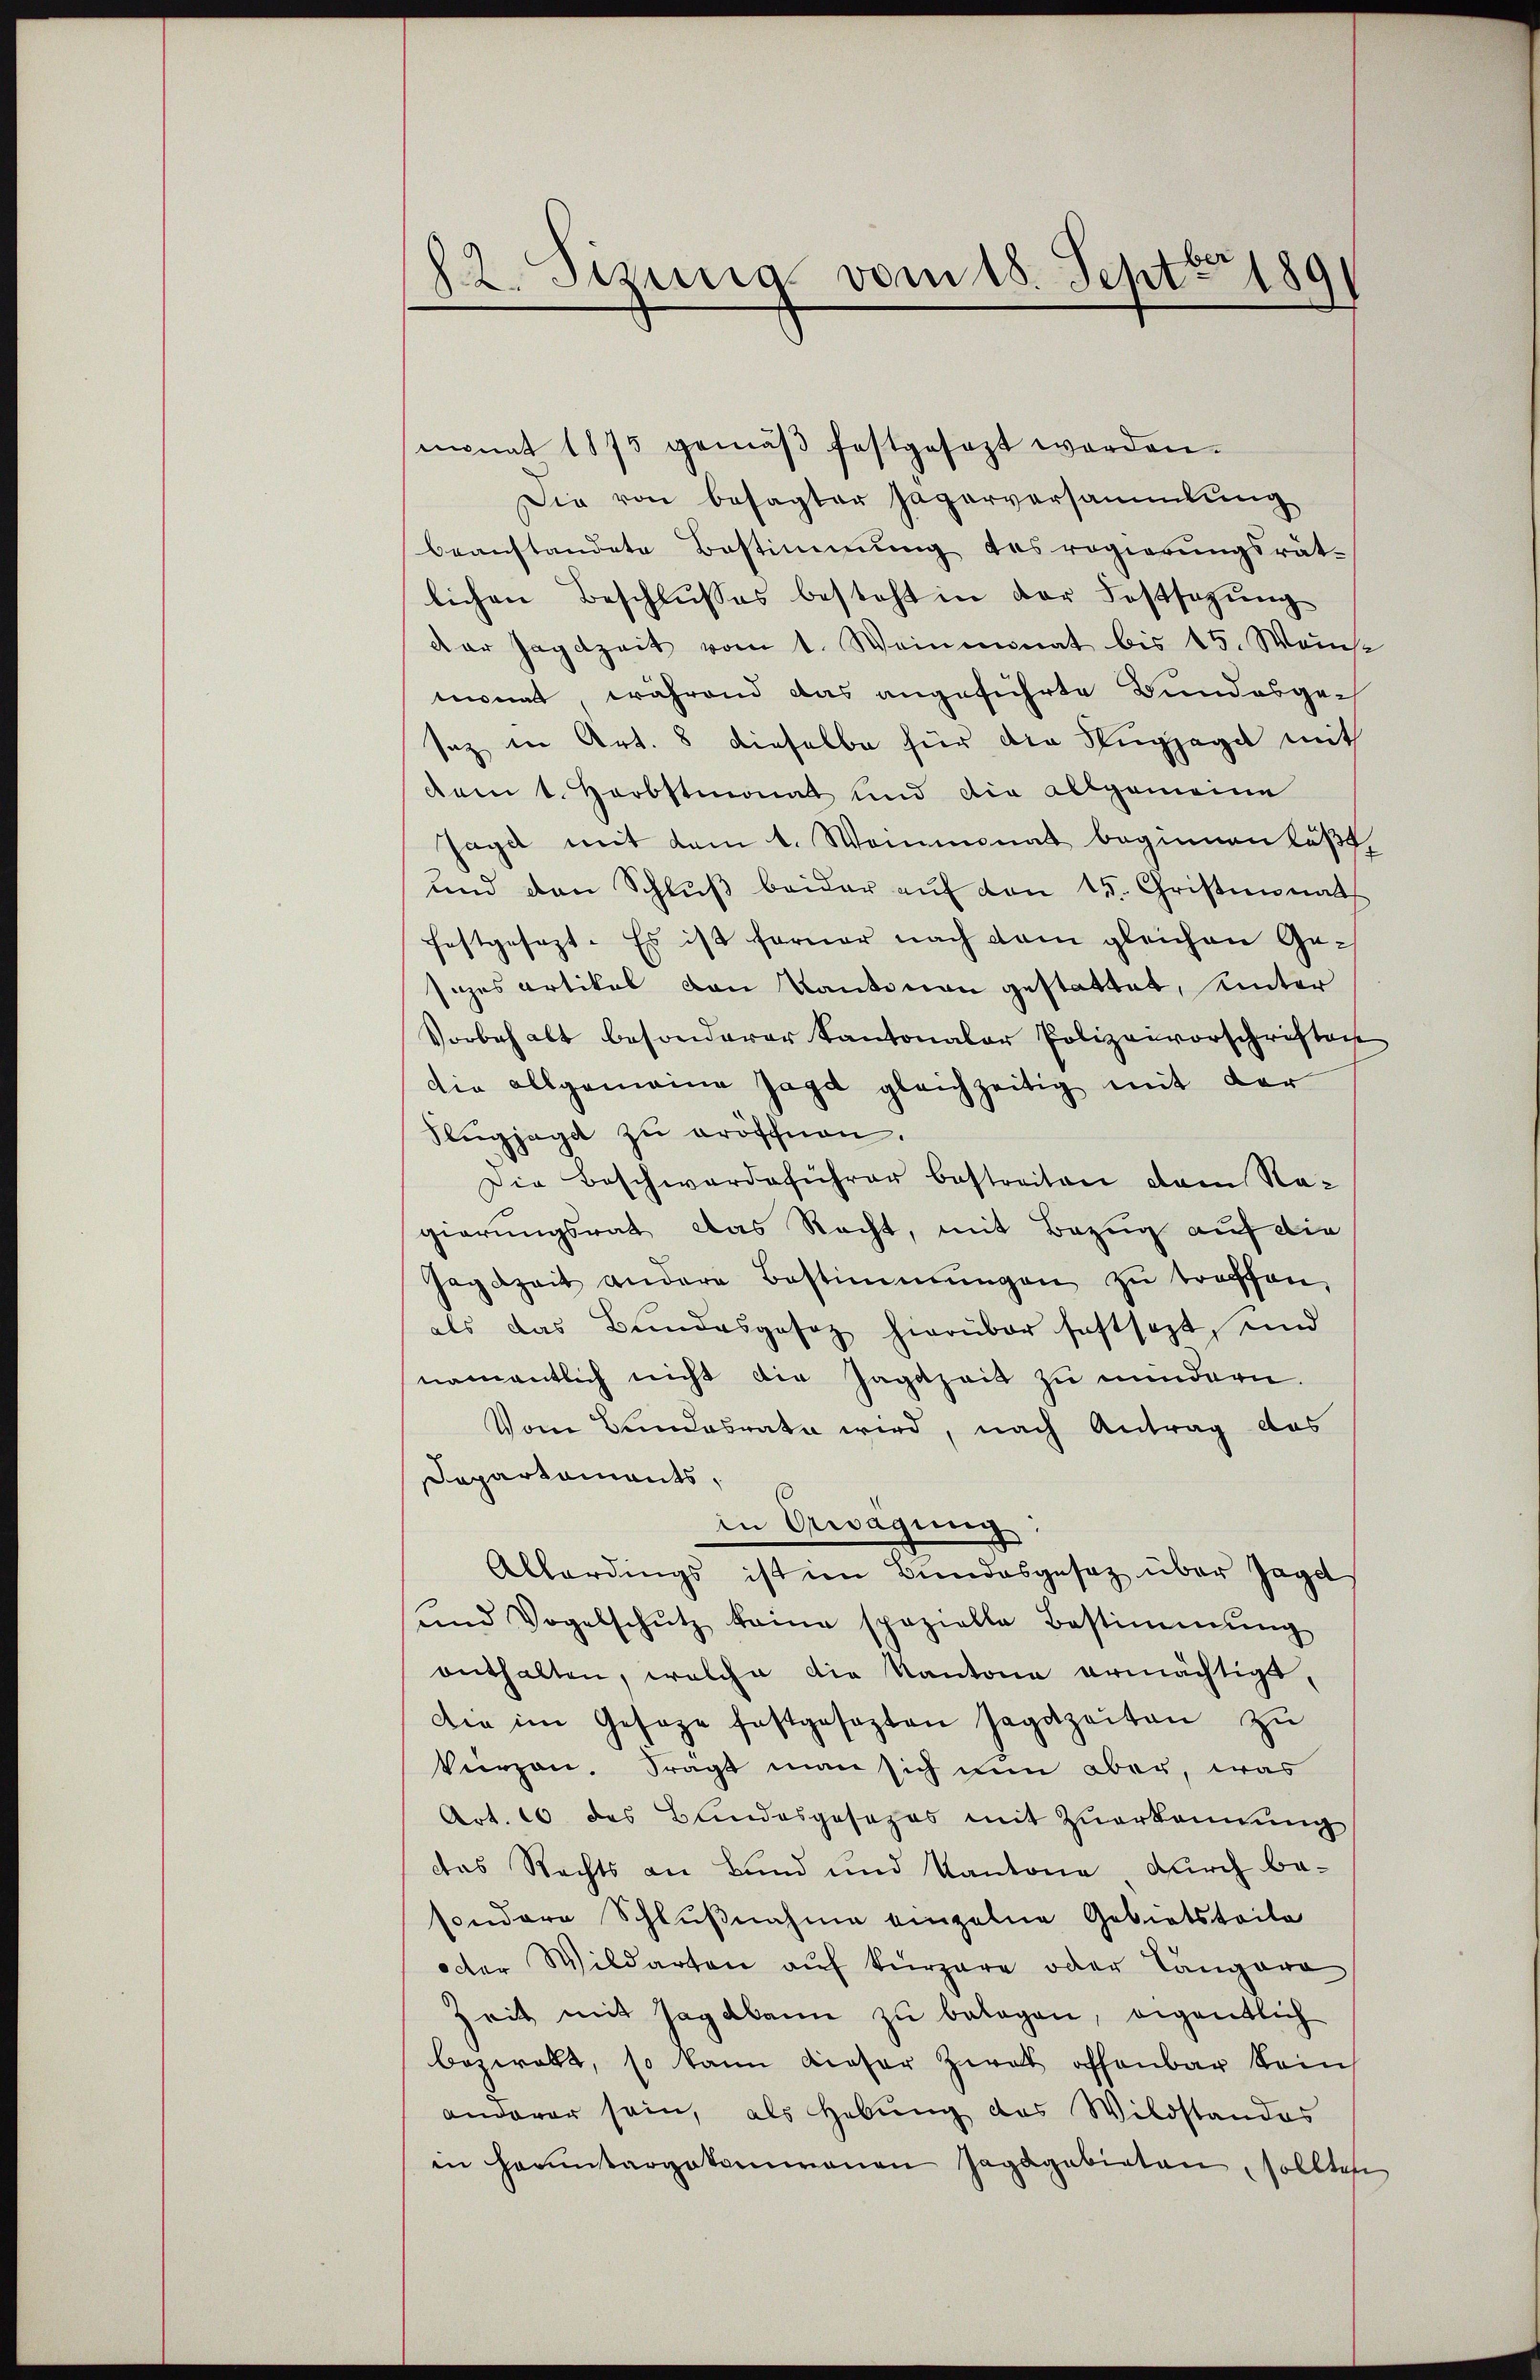
82. Sezung vom 18. Sept. 189

monat 1875 gemäβ festgesezt worden.
Die von besagter Hagerversammlung
beanstandete Bestimmung desregierŭngsrät-
lichen Beschlŭsses besteht in der Festsazŭng
dar Jagdzeit vom 1. Weinmonat bis 15. Weins
monat, während das angeführte Bundesgesaz in Art. 8 dieselbe für die Suppega mit
dam 1. Herbstmonat und die allgemeine
Jagdt mit dem 1. Weinmonat beginnen läßt,
und den Schlŭβ beider aŭf von 15. Christinat
festgesezt. Es ist ferner nach dem gleichen Gesizes artikel von Kantonen gestattet, unter
Vorbehalt besonderer Kantonaler Polizeivorschriften
die allgemeine Jagd gleichzeitig mit der
Flugjage zu eröschnen.
Die Beschwerdeführer bestreiten dem Na-
gierungsrat das Recht, mit Bezug auf die
Jagdzeit andere Bestimmungen zŭ treffen.
als das Bundesgesez hierüber festsezt, und
namentlich nicht die Jagdzeit zu mindern.
Vom Bundesrate wird, nach Antrag das
Departaments,
in Bewägŭng:
Allerdings ist im Bundesgesetz über Jaget
und Vogelschŭtz keine spazielle Bestimmung
enthalten, welche die Kantone ermächtigt,
die im Gesage festgesezten Jagdzeiten zu
kürzen. Fragt man sich nun aber, was
Art. 10 des Bundesgesezes mit Zuerkennung
das Rechts an Bund und Kantone durch besondere Schlŭβnahme einzelne Gebietsteile
oder Wildarten auf kürzere oder Tangara
Zeit mit Jagdbann zu belagen, eigentlich
bezwakt, so kann dieser Zwar offenbar kein
anderer sein, als Hebung des Wildstandes
in Hermitarpotamonen Jagdgebieten, sollten